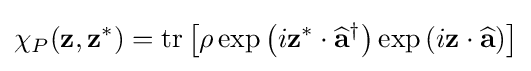
\chi _{P}(\mathbf {z} ,\mathbf {z} ^{*})=\operatorname {tr} \left[\rho \exp \left(i\mathbf {z} ^{*}\cdot {\widehat {\mathbf {a} }}^{\dagger }\right)\exp \left(i\mathbf {z} \cdot {\widehat {\mathbf {a} }}\right)\right]